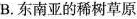
B.东南亚的稀树草原